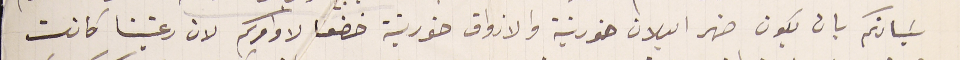
سَيادتكم بان يكون ضهر البلان خورنية والازواق خورنية خضعنا لاوامركم لان رعيتنا كانت